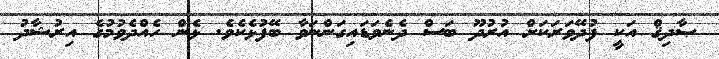
ޞާދިޤް އަކީ ފުދޭވަރަކަށް އުރުދޫ ބަސް ދެނެވަޑައިގަންނަވާ ބޭފުޅެކެވެ. ޅެން ހެއްދެވުމުގެ އިރުޝާދު